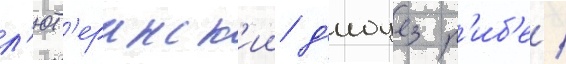
л'ют'еранск'ии д'иоцез р'иб'е /